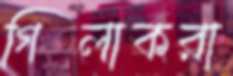
গিলাকরা